Notes on vaccination in the North-West Frontier Province 1923-1928 - 1923-1928
Year: 1923
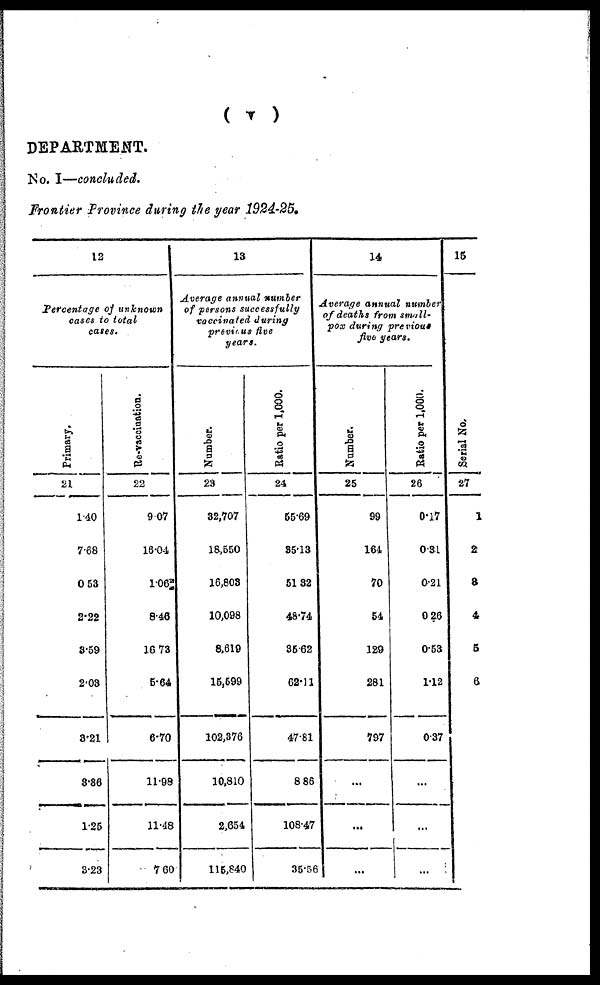
( v )
DEPARTMENT.
No. I—concluded.
Frontier Province during the year 1924-25.
12
Percentage of unknown
cases to total
cases.
Primary.
21
1.40
7.68
0.53
2.22
3.59
2.03
3.21
3.36
1.25
3.23
Re-vaccination.
22
9.07
18.04
1.06
8.46
16.73
5.64
6.70
11.98
11.48
7.60
13
Average annual number
of persons successfully
vaccinated during
previous five
years.
Number.
23
32,707
18,550
16,803
10,098
8,619
15,599
102,376
10,810
2,654
115,840
Ratio per 1,000.
24
55.69
35.13
51.32
48.74
35.62
62.11
47.81
8.86
108.47
35.56
14
Average annual number
of deaths from small¬
pox during previous
five years.
Number.
25
99
164
70
54
129
281
797
...
...
...
Ratio per 1,000.
26
0.17
0.31
0.21
0.26
0.53
1.12
0.37
...
...
...
15
Serial No.
27
1
2
3
4
5
6